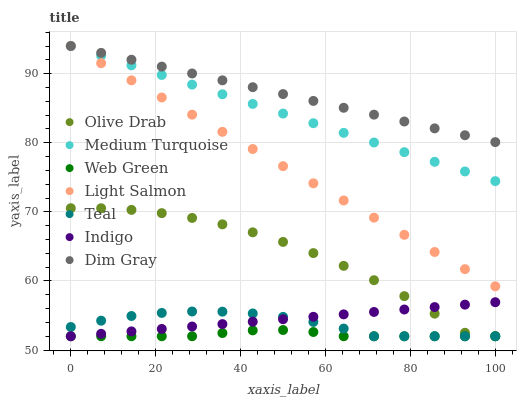
| xaxis_label | Olive Drab | Medium Turquoise | Web Green | Light Salmon | Teal | Indigo | Dim Gray |
 | --- | --- | --- | --- | --- | --- | --- | --- |
 | 0 | 70.5 | 94 | 52 | 94 | 53.3 | 52 | 94 |
 | 7.14 | 70.5 | 92.6 | 52 | 91.5 | 54.3 | 52.4 | 93 |
 | 14.3 | 70.3 | 91.2 | 52 | 89 | 54.9 | 52.7 | 92 |
 | 21.4 | 69.8 | 89.8 | 52 | 86.5 | 55.4 | 53.1 | 91 |
 | 28.6 | 69.1 | 88.4 | 52 | 84.1 | 55.6 | 53.4 | 90 |
 | 35.7 | 68.2 | 87 | 52.5 | 81.6 | 55.6 | 53.8 | 89 |
 | 42.9 | 67 | 85.6 | 52.9 | 79.1 | 55.3 | 54.1 | 88 |
 | 50 | 65.7 | 84.2 | 52.9 | 76.6 | 54.8 | 54.5 | 87 |
 | 57.1 | 64 | 82.8 | 52.6 | 74.1 | 54.1 | 54.8 | 86.1 |
 | 64.3 | 62.2 | 81.4 | 52 | 71.6 | 53.1 | 55.2 | 85.1 |
 | 71.4 | 60.1 | 80 | 52 | 69.2 | 52 | 55.5 | 84.1 |
 | 78.6 | 57.8 | 78.6 | 52 | 66.7 | 52 | 55.9 | 83.1 |
 | 85.7 | 55.3 | 77.2 | 52 | 64.2 | 52 | 56.2 | 82.1 |
 | 92.9 | 52.5 | 75.8 | 52 | 61.7 | 52 | 56.6 | 81.1 |
 | 100 | 52 | 74.5 | 52 | 59.2 | 52 | 56.9 | 80.1 |